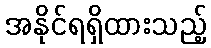
အနိုင်ရရှိထားသည့်